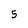
Character: 5